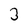
Character: 3